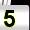
Digit: 5